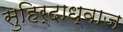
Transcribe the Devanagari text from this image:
सुहिर्दाध्वाज